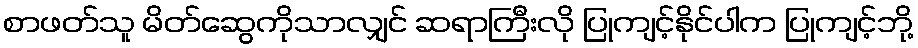
စာဖတ်သူ မိတ်ဆွေကိုသာလျှင် ဆရာကြီးလို ပြုကျင့်နိုင်ပါက ပြုကျင့်ဘို့